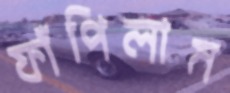
ফাঁপিলাম